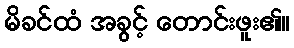
မိခင်ထံ အခွင့် တောင်းဖူး၏။